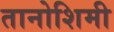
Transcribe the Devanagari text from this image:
तानोशिमी